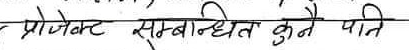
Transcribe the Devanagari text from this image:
प्रोजेक्ट सम्बन्धीत कुनै पनि